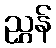
ညွှန်